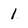
Character: 1